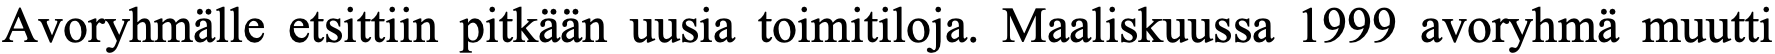
Avoryhmälle etsittiin pitkään uusia toimitiloja. Maaliskuussa 1999 avoryhmä muutti